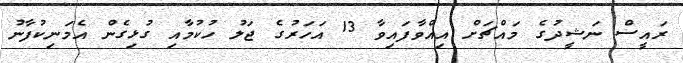
ރައީސް ނަޝީދުގެ މައްޗަށް އިއްވާފައިވާ 13 އަހަރުގެ ޖަލު ހުކުމާއި ގުޅިގެން އެމަނިކުފާނު